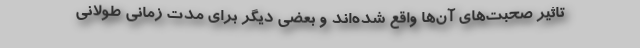
تاثیر صحبت‌های آن‌ها واقع شده‌اند و بعضی دیگر برای مدت زمانی طولانی